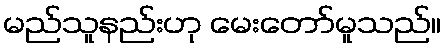
မည်သူနည်းဟု မေးတော်မူသည်။